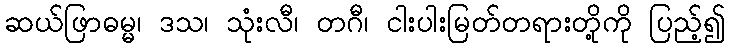
ဆယ်ဖြာဓမ္မ၊ ဒသ၊ သုံးလီ၊ တဂီ၊ ငါးပါးမြတ်တရားတို့ကို ပြည့်၍